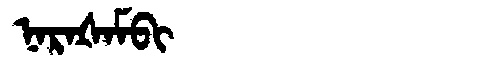
Manchu: ᠨᠠᡵᠠᡧᠠᠮᠪᡳ
Romanization: NARAŠAMBI